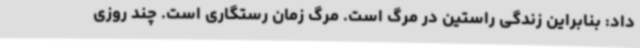
داد: بنابراین زندگی راستین در مرگ است. مرگ زمان رستگاری است. چند روزی